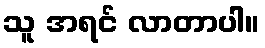
သူ အရင် လာတာပါ။